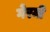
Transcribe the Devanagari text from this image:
गेरमी